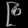
Digit: ၉